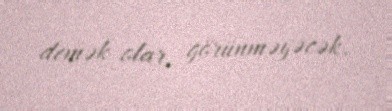
demək olar, görünməyəcək.